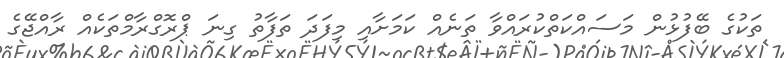
ތަކުގެ ބޭފުޅުން މަސައްކަތްކުރައްވާ ތަނެއް ކަމަށާއި މިފަދަ ތަފާތު ގިނަ ޕްރޮގްރާމްތަކެއް ރާއްޖޭގެ